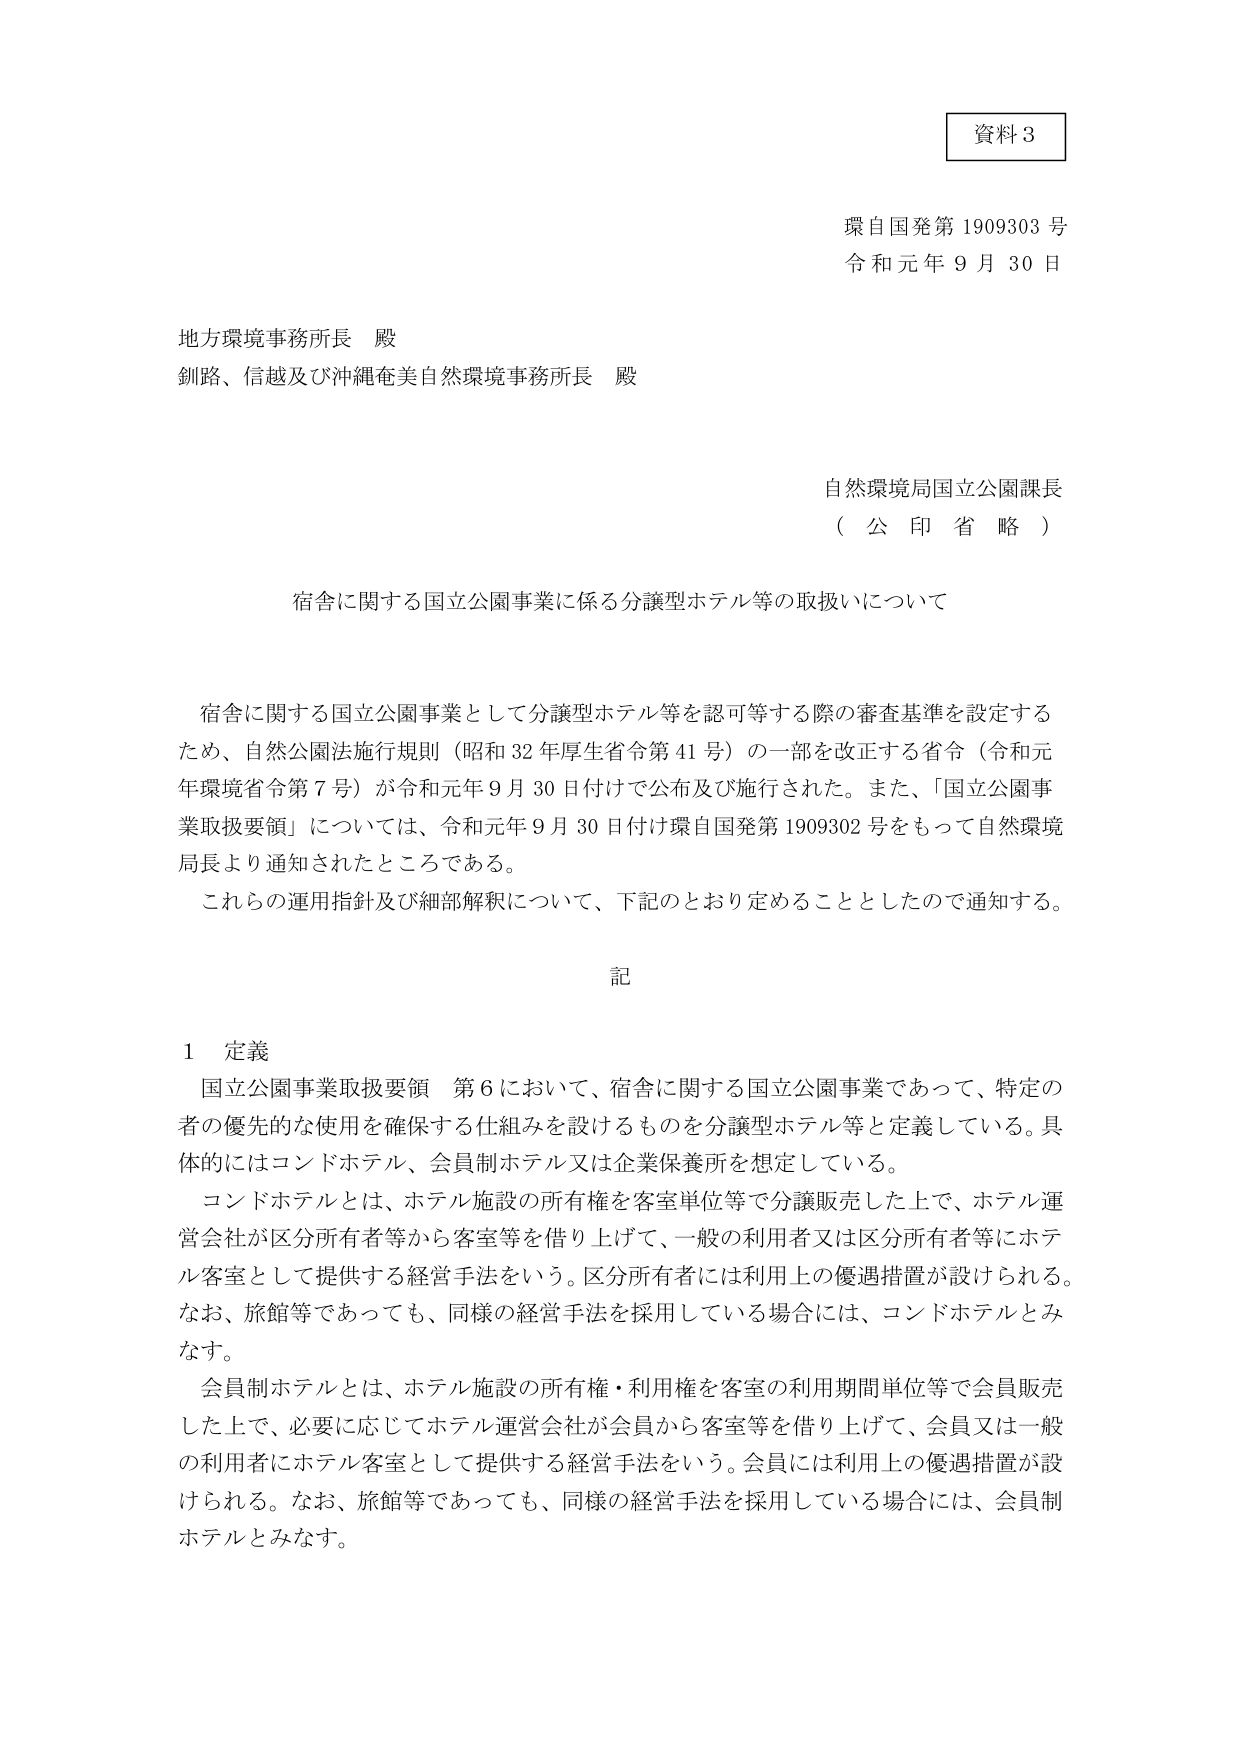
資料３

環自国発第1909303号
令和元年９月30日

地方環境事務所長 殿
釧路、信越及び沖縄奄美自然環境事務所長 殿

自然環境局国立公園課長
（公印省略）

宿舎に関する国立公園事業に係る分譲型ホテル等の取扱いについて

宿舎に関する国立公園事業として分譲型ホテル等を認可等する際の審査基準を設定するため、自然公園法施行規則（昭和32年厚生省令第41号）の一部を改正する省令（令和元年環境省令第7号）が令和元年9月30日付けで公布及び施行された。また、「国立公園事業取扱要領」については、令和元年9月30日付け環自国発第1909302号をもって自然環境局長より通知されたところである。
これらの運用指針及び細部解釈について、下記のとおり定めることとしたので通知する。

記

１ 定義
国立公園事業取扱要領 第6において、宿舎に関する国立公園事業であって、特定の者の優先的な使用を確保する仕組みを設けるものを分譲型ホテル等と定義している。具体的にはコンドホテル、会員制ホテル又は企業保養所を想定している。
コンドホテルとは、ホテル施設の所有権を客室単位等で分譲販売した上で、ホテル運営会社が区分所有者等から客室等を借り上げて、一般の利用者又は区分所有者等にホテル客室として提供する経営手法をいう。区分所有者には利用上の優遇措置が設けられる。なお、旅館等であっても、同様の経営手法を採用している場合には、コンドホテルとみなす。
会員制ホテルとは、ホテル施設の所有権・利用権を客室の利用期間単位等で会員販売した上で、必要に応じてホテル運営会社が会員から客室等を借り上げて、会員又は一般の利用者にホテル客室として提供する経営手法をいう。会員には利用上の優遇措置が設けられる。なお、旅館等であっても、同様の経営手法を採用している場合には、会員制ホテルとみなす。